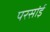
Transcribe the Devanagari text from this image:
परसांई